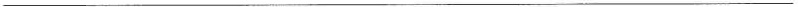
___